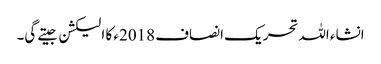
انشاء اللہ تحریک انصاف 2018ء کا الیکشن جیتے گی۔